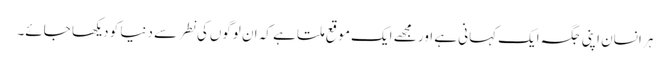
ہر انسان اپنی جگہ ایک کہانی ہے اور مجھے ایک موقع ملتا ہے کہ ان لوگوں‌کی نطر سے دنیا کو دیکھا جائے۔